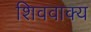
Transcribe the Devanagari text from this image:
शिववाक्य